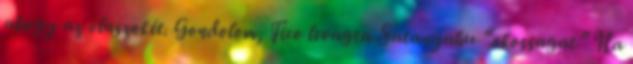
ahogy az olaszokét. Gondolom, Fico levagta Satanyahu “okossagat” Ha